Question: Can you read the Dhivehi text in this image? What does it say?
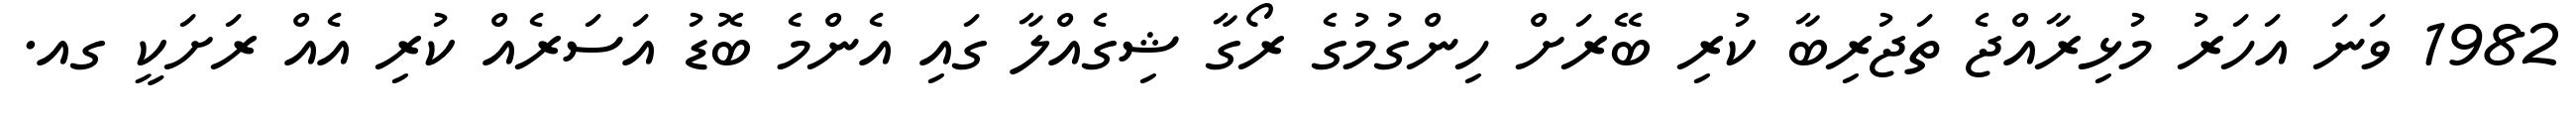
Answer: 1982 ވަނަ އަހަރު މުޅިރާއްޖެ ތަޖުރިބާ ކުރި ބޭރަށް ހިންގުމުގެ ރޯގާ ޝިގެއްލާ ގައި އެންމެ ބޮޑު އަސަރެއް ކުރި އެއް ރަށަކީ ގއ.